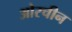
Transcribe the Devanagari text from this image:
ओरचीन